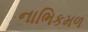
નાભિકમળ